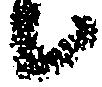
候